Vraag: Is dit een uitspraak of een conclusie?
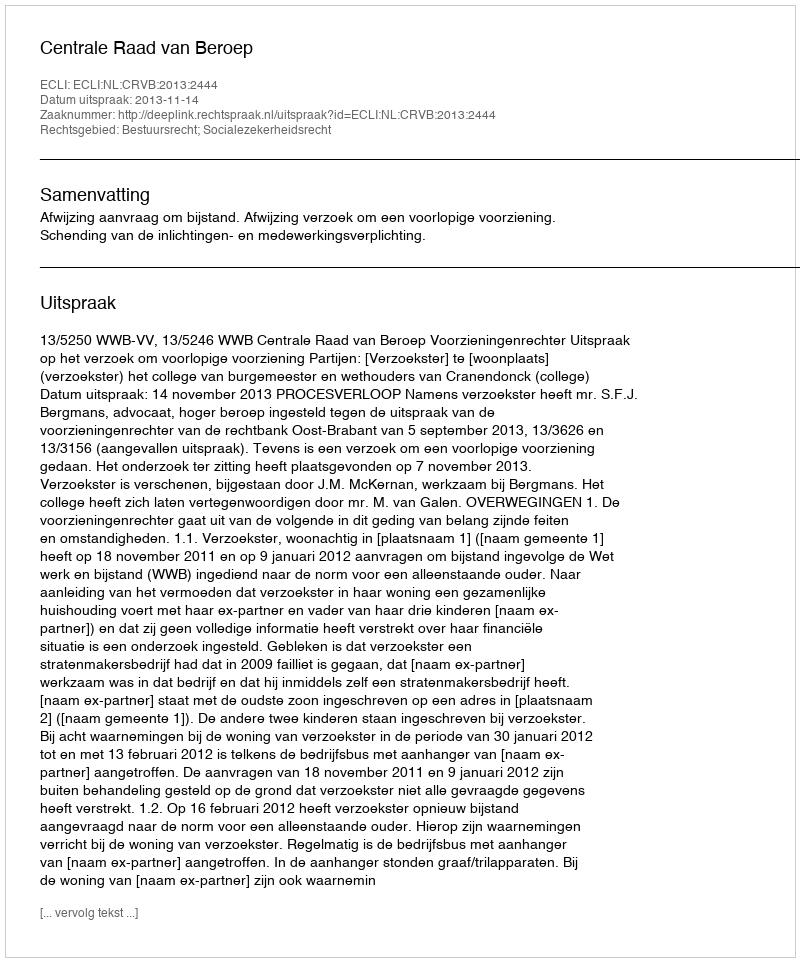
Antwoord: Uitspraak